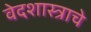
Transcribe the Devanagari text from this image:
वेदशास्त्राचे